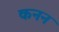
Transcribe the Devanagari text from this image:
कनन